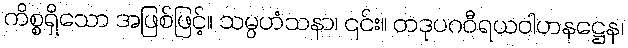
ကိစ္စရှိသော အဖြစ်ဖြင့်။ သမ္ပဟံသနာ၊ ၎င်း။ တဒုပဂဝီရယဝါဟနဋ္ဌေန၊